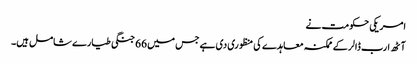
امریکی حکومت نے
آٹھ ارب ڈالر کے ممکنہ معاہدے کی منظوری دی ہے جس میں 66 جنگی طیارے شامل ہیں۔